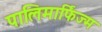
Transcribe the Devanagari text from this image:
पालिमार्फिज्म